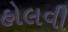
હોલવી